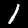
Digit: 1